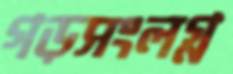
গড়সংলগ্ন